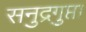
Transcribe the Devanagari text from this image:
सनुद्रगुप्ता